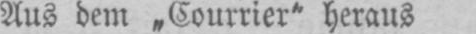
Aus dem „Courrier“ heraus